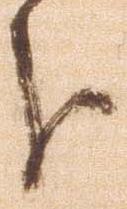
分